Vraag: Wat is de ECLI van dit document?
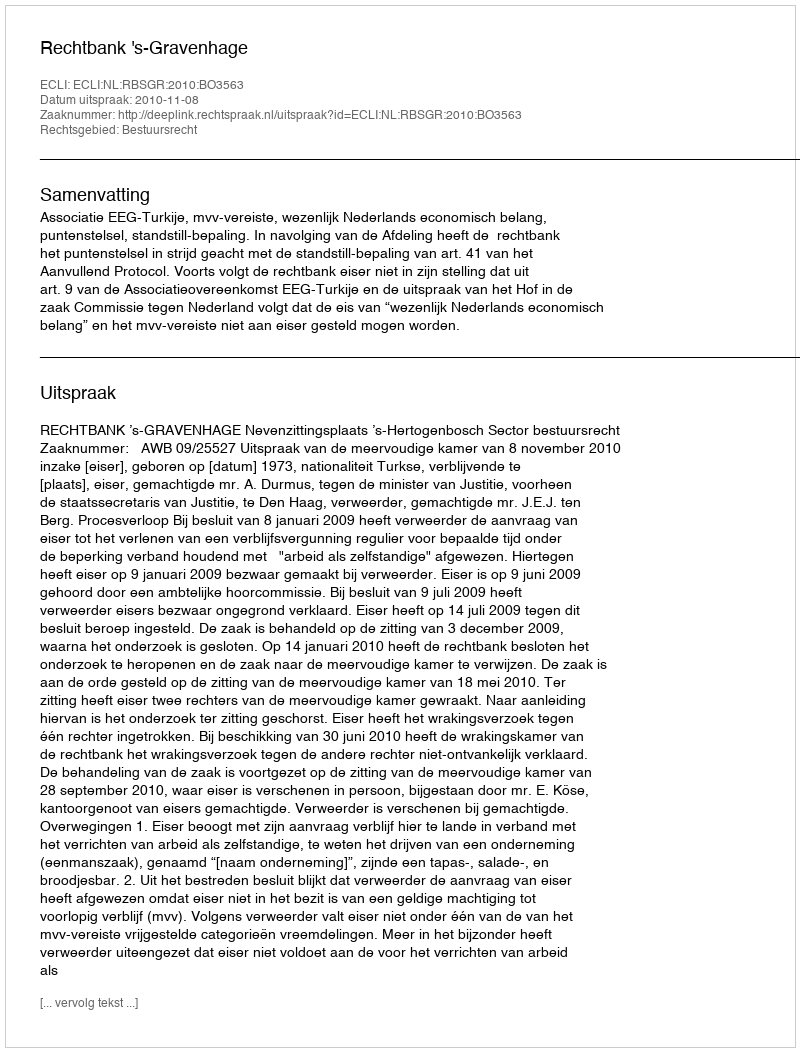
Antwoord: ECLI:NL:RBSGR:2010:BO3563